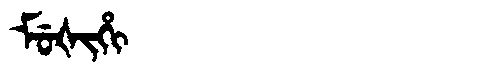
Manchu: ᠮᡠᡧᡳᡥᡳ
Romanization: MUŠIHI